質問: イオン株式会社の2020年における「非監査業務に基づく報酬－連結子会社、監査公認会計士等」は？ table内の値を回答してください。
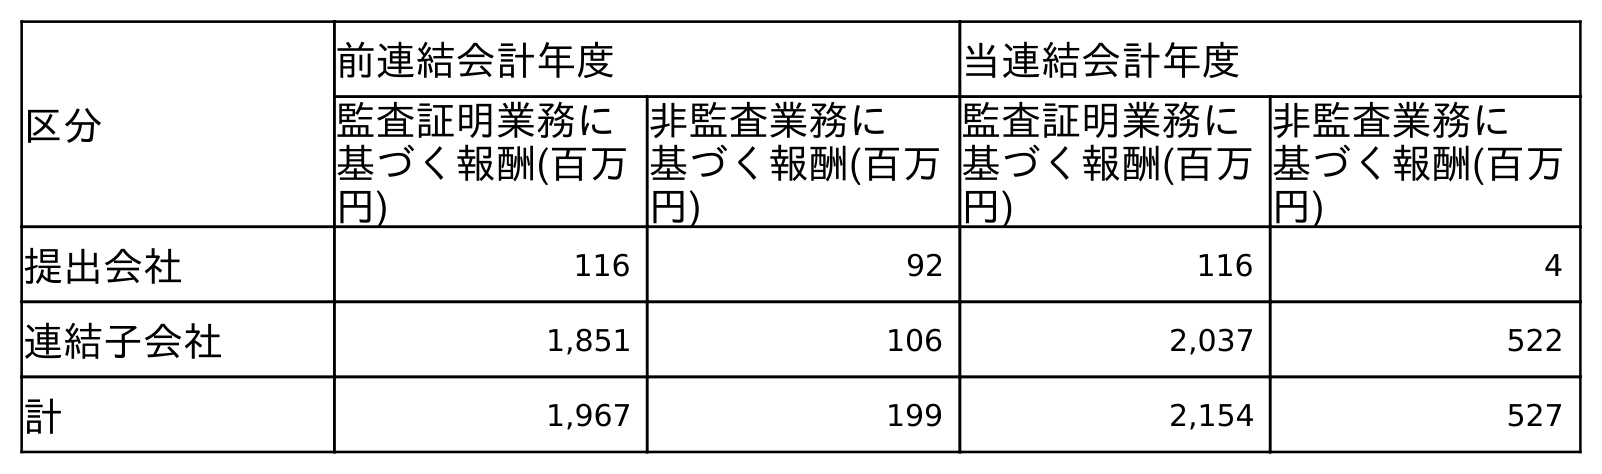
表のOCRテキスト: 区分 前連結会計年度 当連結会計年度 監査証明業務に 基づく報酬(百万 円) 非監査業務に 基づく報酬(百万 円) 監査証明業務に 基づく報酬(百万 円) 非監査業務に 基づく報酬(百万 円) 提出会社 116 92 116 4 連結子会社 1,851 106 2,037 522 計 1,967 199 2,154 527
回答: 522